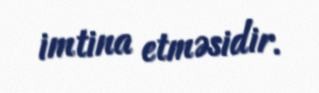
imtina etməsidir.